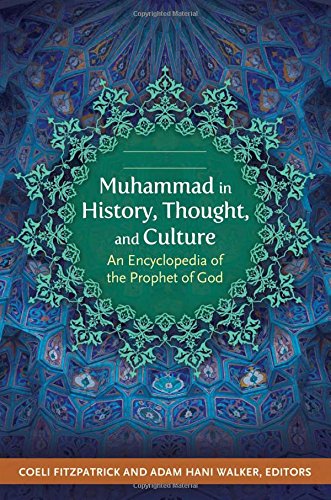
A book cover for Muhammad in History, Thought, and Culture [2 volumes]: An Encyclopedia of the Prophet of God; Religion & Spirituality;